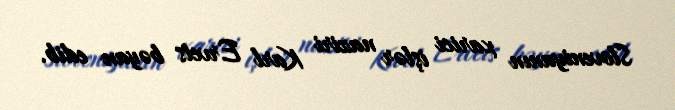
Sloveniyanın xarici işlər naziri Karl Ervets bəyan edib.